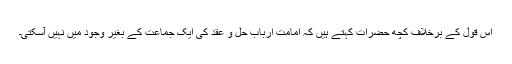
اس قول کے برخلاف کچھ حضرات کہتے ہیں کہ امامت ارباب حل و عقد کی ایک جماعت کے بغیر وجود میں نہیں آسکتی۔